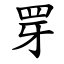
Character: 䍓